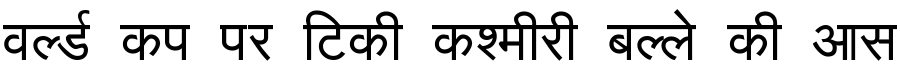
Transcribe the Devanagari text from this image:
वर्ल्ड कप पर टिकी कश्मीरी बल्ले की आस